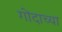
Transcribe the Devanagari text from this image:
गोंदाच्या